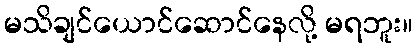
မသိချင်ယောင်ဆောင်နေလို့ မရဘူး။